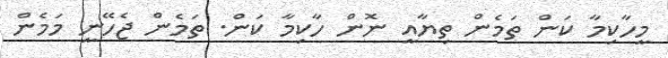
މީހާކިމާ ކަން ތަމެން ތިޔާއީ ނޮން ހާކިމާ ކަން. ތަމެން ޖެހޭނީ މަމެން